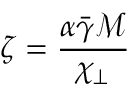
\zeta = \frac { \alpha \bar { \gamma } \mathcal { M } } { \chi _ { \perp } }